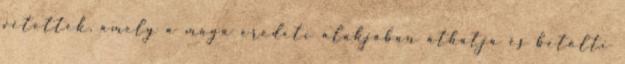
vétettek, amely a maga eredeti alakjában áthatja és betölti